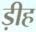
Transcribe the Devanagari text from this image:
ड़ीह